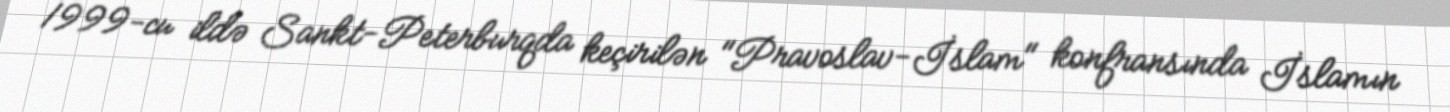
1999-cu ildə Sankt-Peterburqda keçirilən "Pravoslav-İslam" konfransında İslamın